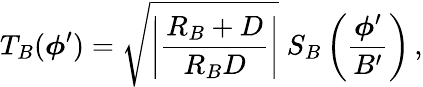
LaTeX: T_{B}(\boldsymbol\phi^{\prime})=\sqrt{\left|{\frac{R_{B}+D}{R_{B}D}}\right|}\; S_{B}\left({\frac{\boldsymbol\phi^{\prime}}{B^{\prime}}}\right)\, ,